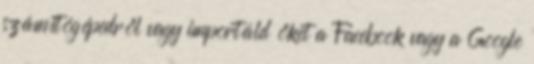
számítógépedről vagy importáld őket a Facebook vagy a Google